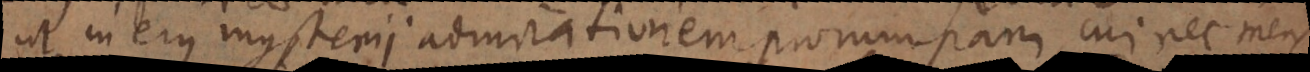
ut in ejus mysterii admirationem prorumpam, cui nec mens